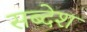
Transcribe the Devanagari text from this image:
सब्देश